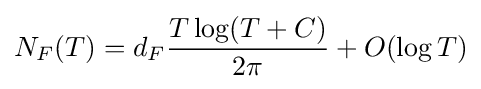
N_{F}(T)=d_{F}{\frac {T\log(T+C)}{2\pi }}+O(\log T)